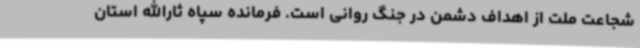
شجاعت ملت از اهداف دشمن در جنگ روانی است. فرمانده سپاه ثارالله استان